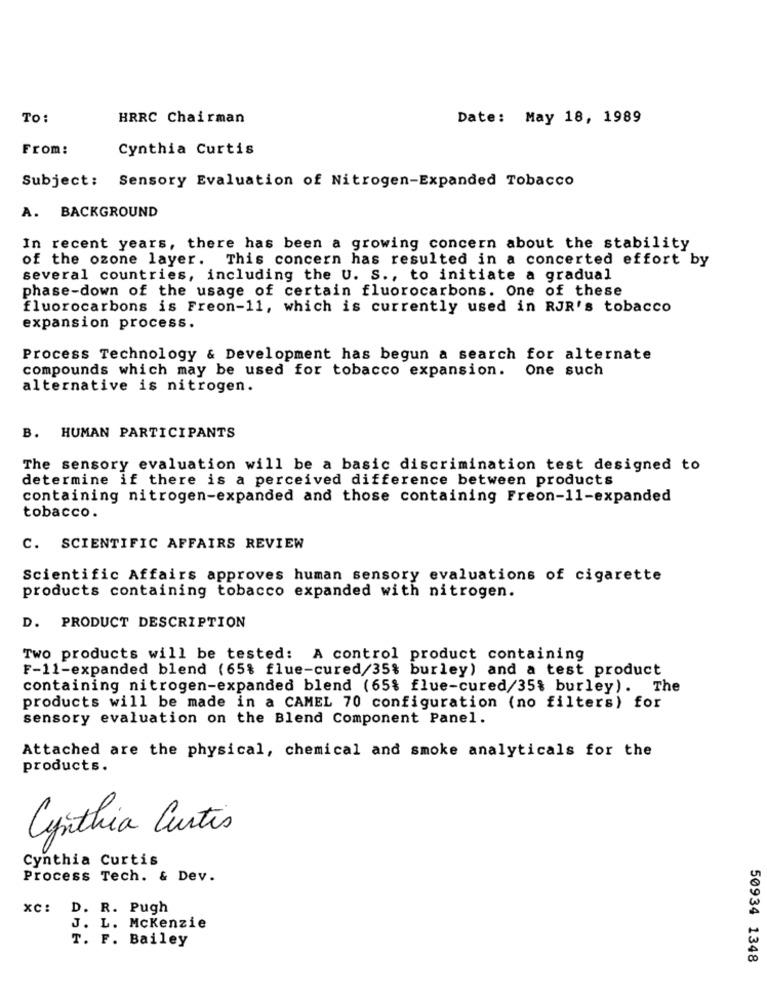
To:
HRRC Chairman
Date: May 18, 1989
From:
Cynthia Curtis
Subject: Sensory Evaluation of Nitrogen-Expanded Tobacco
A. BACKGROUND
In recent years, there has been a growing concern about the stability
of the ozone layer. This concern has resulted in a concerted effort by
several countries, including the U. S ., to initiate a gradual
phase-down of the usage of certain fluorocarbons. One of these
fluorocarbons is Freon-11, which is currently used in RJR's tobacco
expansion process.
Process Technology & Development has begun a search for alternate
compounds which may be used for tobacco expansion.
One such
alternative is nitrogen.
B. HUMAN PARTICIPANTS
The sensory evaluation will be a basic discrimination test designed to
determine if there is a perceived difference between products
containing nitrogen-expanded and those containing Freon-11-expanded
tobacco.
C. SCIENTIFIC AFFAIRS REVIEW
Scientific Affairs approves human sensory evaluations of cigarette
products containing tobacco expanded with nitrogen.
D. PRODUCT DESCRIPTION
Two products will be tested: A control product containing
F-11-expanded blend (65% flue-cured/35% burley) and a test product
containing nitrogen-expanded blend (65% flue-cured/35% burley). The
products will be made in a CAMEL 70 configuration (no filters) for
sensory evaluation on the Blend Component Panel.
Attached are the physical, chemical and smoke analyticals for the
products.
Cynthia Curtis
Cynthia Curtis
Process Tech. & Dev.
XC:
D. R. Pugh
J. L. Mckenzie
T. F. Bailey
50934 1348